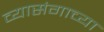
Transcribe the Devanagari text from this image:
व्यासंगाच्या